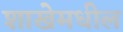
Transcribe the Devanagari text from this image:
शाखेमधील